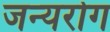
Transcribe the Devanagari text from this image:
जन्‍यरोग